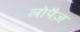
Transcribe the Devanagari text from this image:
लोपैज़